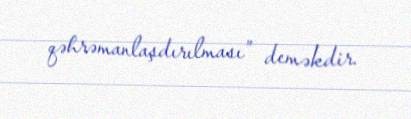
qəhrəmanlaşdırılması” deməkdir.